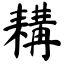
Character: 耩